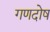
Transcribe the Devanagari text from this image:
गणदोष